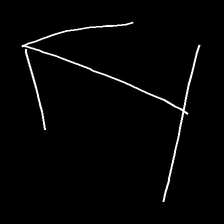
Glyph: levitation